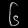
Digit: ၆